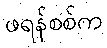
ဖရန်စစ်က